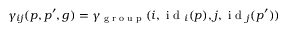
\gamma _ { i j } ( p , p ^ { \prime } , g ) = \gamma _ { \textup { g r o u p } } ( i , \textup { i d } _ { i } ( p ) , j , \textup { i d } _ { j } ( p ^ { \prime } ) )